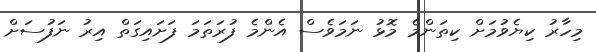
މިހާރު ކިޔެވުމަށް ކިތަންމެ މޮޅު ނަމަވެސް އެންމެ ފުރަތަމަ ފަށައިގަތް އިރު ނަފުސަށް